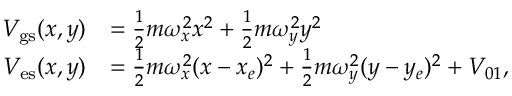
\begin{array} { r l } { V _ { \mathrm { g s } } ( x , y ) } & { = \frac { 1 } { 2 } m \omega _ { x } ^ { 2 } x ^ { 2 } + \frac { 1 } { 2 } m \omega _ { y } ^ { 2 } y ^ { 2 } } \\ { V _ { \mathrm { e s } } ( x , y ) } & { = \frac { 1 } { 2 } m \omega _ { x } ^ { 2 } ( x - x _ { e } ) ^ { 2 } + \frac { 1 } { 2 } m \omega _ { y } ^ { 2 } ( y - y _ { e } ) ^ { 2 } + V _ { 0 1 } , } \end{array}